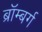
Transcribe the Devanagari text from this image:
ब्रॉम्बर्ग